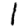
Digit: 1